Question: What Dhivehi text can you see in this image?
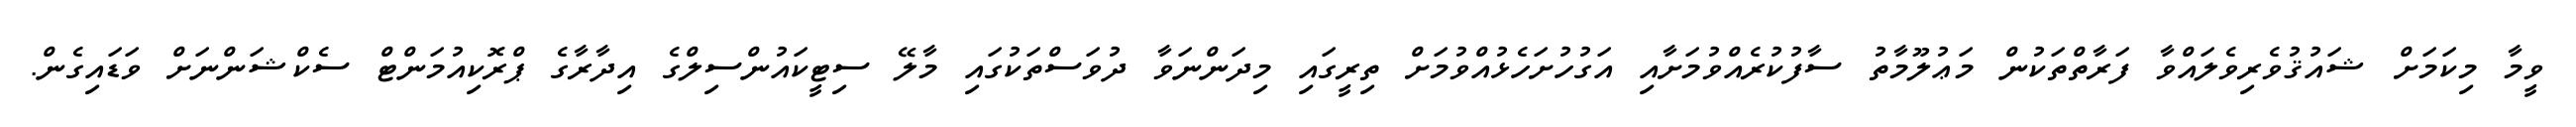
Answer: ވީމާ މިކަމަށް ޝައުޤުވެރިވެލައްވާ ފަރާތްތަކުން މަޢުލޫމާތު ސާފުކުރެއްވުމަށާއި އަގުހުށަހެޅުއްވުމަށް ތިރީގައި މިދަންނަވާ ދުވަސްތަކުގައި މާލޭ ސިޓީކައުންސިލްގެ އިދާރާގެ ޕްރޮކިއުމަންޓް ސެކްޝަންނަށް ވަޑައިގެން.